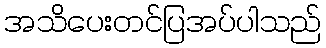
အသိပေးတင်ပြအပ်ပါသည်